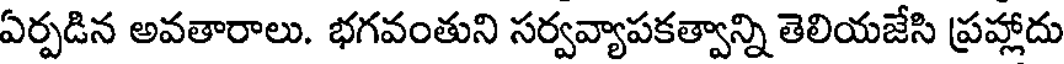
ఏర్పడిన అవతారాలు. భగవంతుని సర్వవ్యాపకత్వాన్ని తెలియజేసి ప్రహ్లాదు